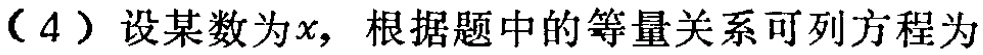
（4）设某数为\(x\)，根据题中的等量关系可列方程为